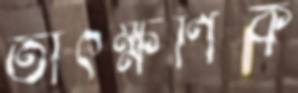
তাৎক্ষণিক